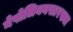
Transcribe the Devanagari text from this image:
नेपोलियनसारख्या